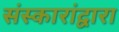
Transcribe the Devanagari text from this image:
संस्कारांद्वारा